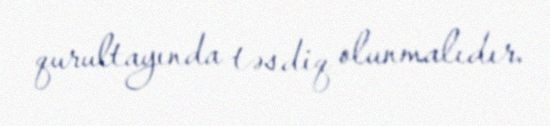
qurultayında təsdiq olunmalıdır.